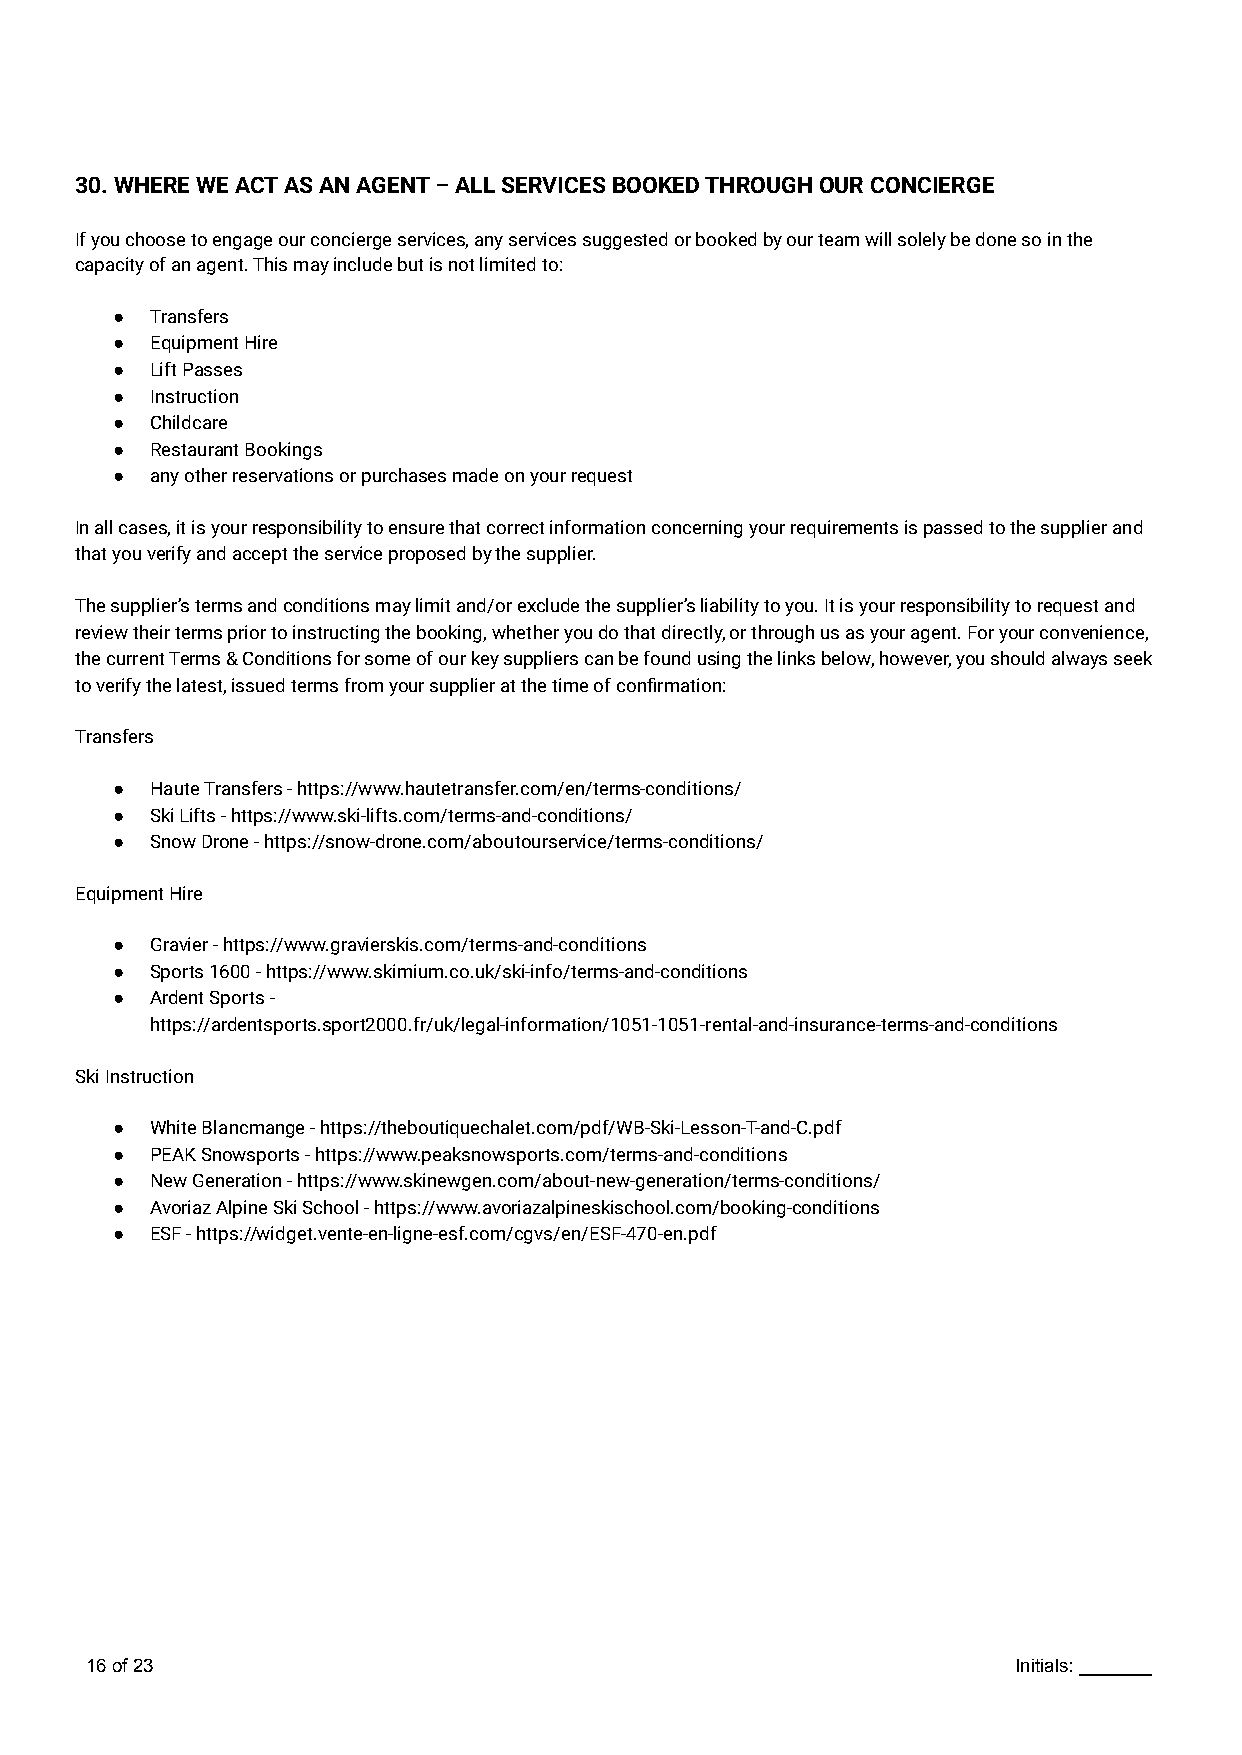
30. WHERE WE ACT AS AN AGENT – ALL SERVICES BOOKED THROUGH OUR CONCIERGE
 If you choose to engage our concierge services, any services suggested or booked by our team will solely be done so in the
 capacity of an agent. This may include but is not limited to:
 ●  Transfers
 ●  Equipment Hire
 ●  Lift Passes
 ●  Instruction
 ●  Childcare
 ●  Restaurant Bookings
 ●  any other reservations or purchases made on your request
 In all cases, it is your responsibility to ensure that correct information concerning your requirements is passed to the supplier and
 that you verify and accept the service proposed by the supplier.
 The supplier’s terms and conditions may limit and/or exclude the supplier’s liability to you. It is your responsibility to request and
 review their terms prior to instructing the booking, whether you do that directly, or through us as your agent. For your convenience,
 the current Terms & Conditions for some of our key suppliers can be found using the links below, however, you should always seek
 to verify the latest, issued terms from your supplier at the time of confirmation:
 Transfers
 ●  Haute Transfers - https://www.hautetransfer.com/en/terms-conditions/
 ●  Ski Lifts - https://www.ski-lifts.com/terms-and-conditions/
 ●  Snow Drone - https://snow-drone.com/aboutourservice/terms-conditions/
 Equipment Hire
 ●  Gravier - https://www.gravierskis.com/terms-and-conditions
 ●  Sports 1600 - https://www.skimium.co.uk/ski-info/terms-and-conditions
 ●  Ardent Sports -
 https://ardentsports.sport2000.fr/uk/legal-information/1051-1051-rental-and-insurance-terms-and-conditions
 Ski Instruction
 ●  White Blancmange - https://theboutiquechalet.com/pdf/WB-Ski-Lesson-T-and-C.pdf
 ●  PEAK Snowsports - https://www.peaksnowsports.com/terms-and-conditions
 ●  New Generation - https://www.skinewgen.com/about-new-generation/terms-conditions/
 ●  Avoriaz Alpine Ski School - https://www.avoriazalpineskischool.com/booking-conditions
 ●  ESF - https://widget.vente-en-ligne-esf.com/cgvs/en/ESF-470-en.pdf
 16of23                                                       Initials: _______